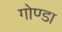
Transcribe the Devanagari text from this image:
गोण्‍डा